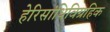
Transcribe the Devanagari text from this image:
हेरिसांधिविग्रहिक